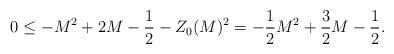
LaTeX: \begin{align*} 0 \le -M^{2} + 2M - \frac12 - Z_{0}(M)^{2} = -\frac12M^{2} + \frac32M - \frac12.\end{align*}